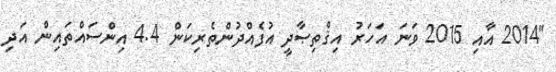
"2014 އާއި 2015 ވަނަ އަހަރު އިޤްތިޞާދީ އުފެއްދުންތެރިކަން 4.4 އިންސައްތައިން އަދި